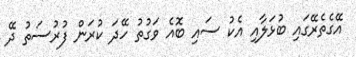
އޭގެތެރޭގައި ބުޅަލާއި އެކު ސައި ބޮއެ ވަގުތު ހޭދަ ކުރަން ފުރުސަތު ދޭ